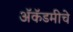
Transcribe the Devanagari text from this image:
अॅकॅडमीचे